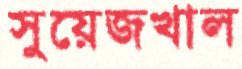
সুয়েজখাল